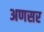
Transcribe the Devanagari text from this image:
अणसर